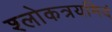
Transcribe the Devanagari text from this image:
श्लोकत्रयमिदं